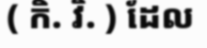
( កិ. វិ. ) ដែល